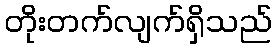
တိုးတက်လျက်ရှိသည်